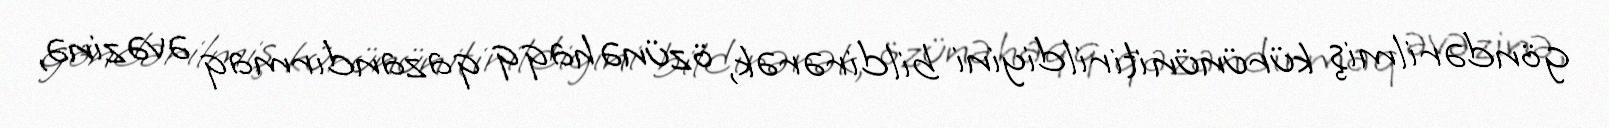
göndərilmiş kürünün itirildiyini bildirərək, özünə haqq qazandırmaq əvəzinə,